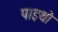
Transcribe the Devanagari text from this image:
पाइथो